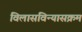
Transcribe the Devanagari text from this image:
विलासविन्यासक्रम